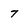
Character: 7